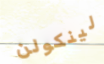
لينكولن